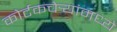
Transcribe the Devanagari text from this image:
कोर्टकचेर्‍यांमध्ये